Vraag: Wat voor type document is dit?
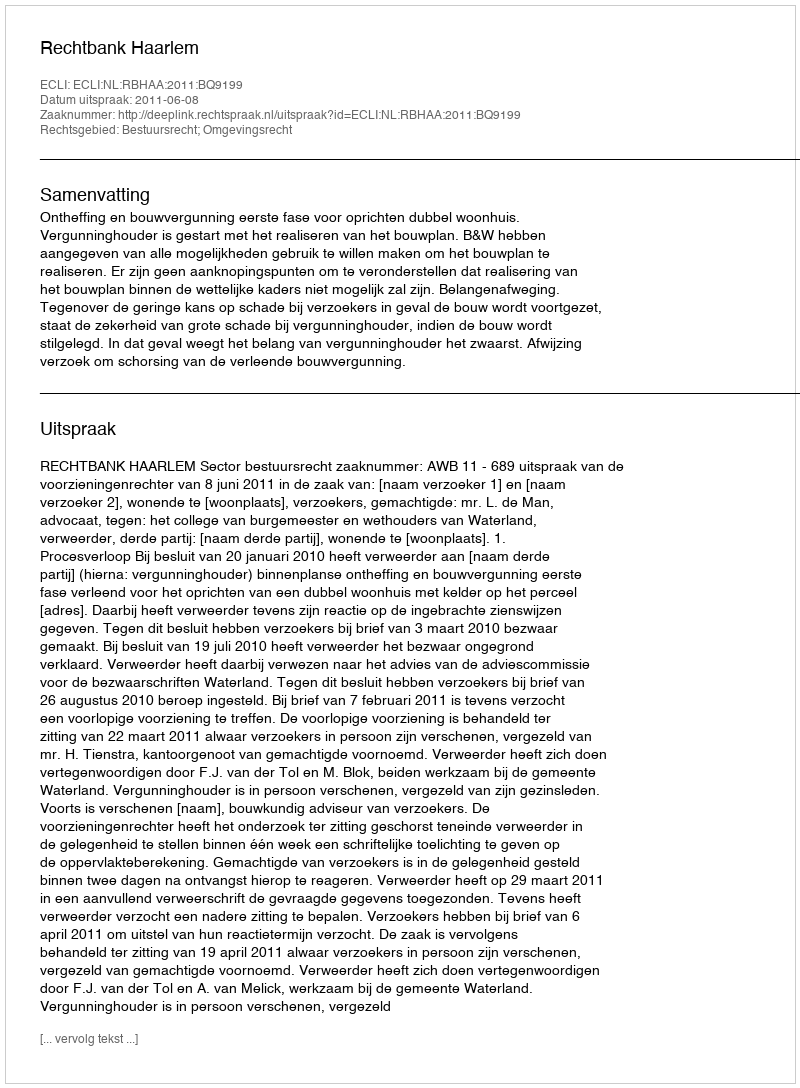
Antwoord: Uitspraak